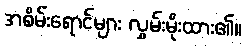
အစိမ်းရောင်များ လွှမ်းမိုးထား၏။